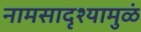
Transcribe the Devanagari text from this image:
नामसादृश्यामुळं